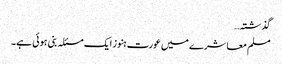
گذشتہ…
مسلم معاشرے میں عورت ہنوز ایک مسئلہ بنی ہوئی ہے۔